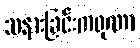
သနားခြင်းကရုဏာ